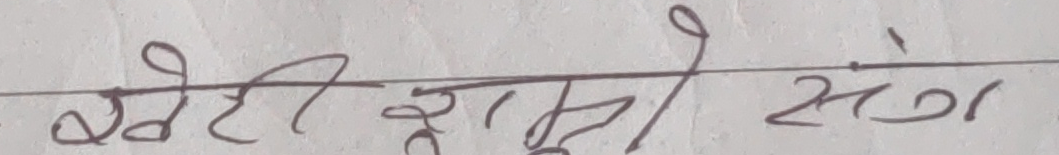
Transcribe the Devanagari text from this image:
खेटी हासून संग